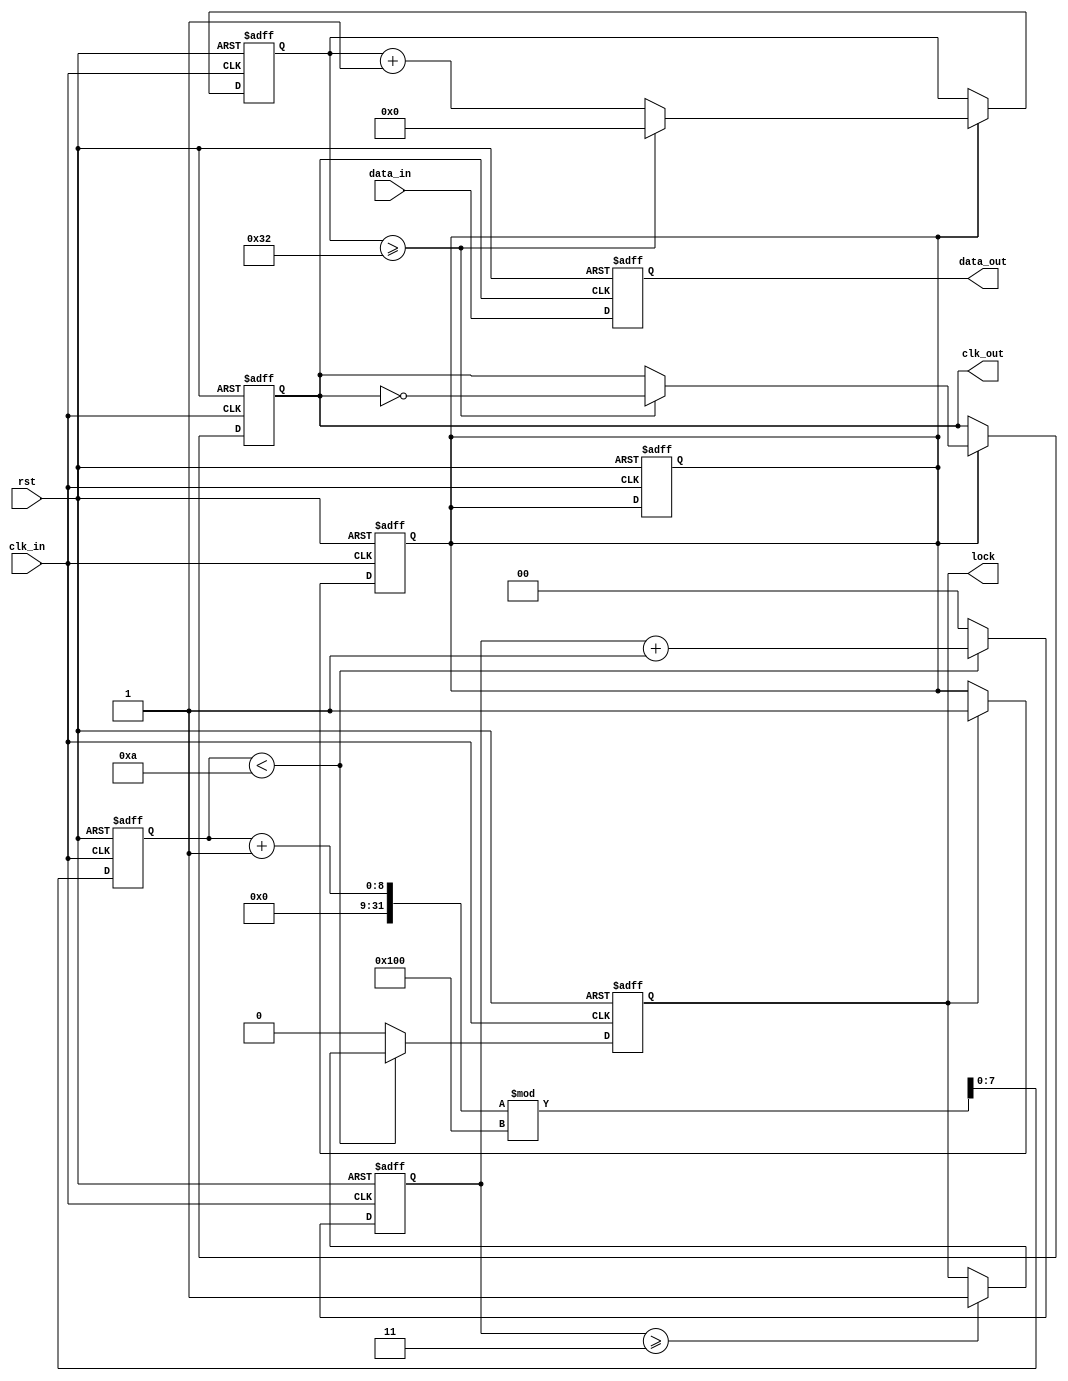
module pll_synchronizer (
    input wire clk_in,          // Incoming clock
    input wire rst,            // Reset signal
    input wire data_in,        // Incoming data signal
    output reg data_out,       // Synchronized output data
    output reg clk_out,        // Output clock
    output reg lock            // Lock status
);

    // Parameters for the PLL
    parameter integer VCO_FREQ = 100; // VCO frequency in MHz
    parameter integer DIV_FACTOR = 2;  // Frequency division factor

    // Internal signals
    reg [7:0] phase_error;            // Phase error signal
    reg [7:0] control_voltage;         // Control voltage for VCO
    reg vco_enable;                    // VCO enable signal
    reg [3:0] vco_counter;             // VCO counter for generating clock
    reg [1:0] lock_counter;            // Lock detection counter

    // Phase Detector
    always @(posedge clk_in or posedge rst) begin
        if (rst) begin
            phase_error <= 0;
        end else begin
            // Example phase error detection logic
            // This is a placeholder for actual phase detection logic
            // In a real design, this would compare the phase of clk_in and clk_out
            phase_error <= (phase_error + 1) % 256; // Simulated phase error
        end
    end

    // Loop Filter
    always @(posedge clk_in or posedge rst) begin
        if (rst) begin
            control_voltage <= 0;
        end else begin
            // Simple integrative filter
            control_voltage <= control_voltage + phase_error;
        end
    end

    // Voltage-Controlled Oscillator (VCO)
    always @(posedge clk_in or posedge rst) begin
        if (rst) begin
            vco_counter <= 0;
            clk_out <= 0;
            vco_enable <= 0;
        end else if (vco_enable) begin
            vco_counter <= vco_counter + 1;
            if (vco_counter >= (VCO_FREQ / DIV_FACTOR)) begin
                clk_out <= ~clk_out;
                vco_counter <= 0;
            end
        end
    end

    // Frequency Divider (simple example)
    always @(posedge clk_out or posedge rst) begin
        if (rst) begin
            data_out <= 0;
        end else begin
            data_out <= data_in; // Sample incoming data on VCO output clock
        end
    end

    // Lock Detection
    always @(posedge clk_in or posedge rst) begin
        if (rst) begin
            lock <= 0;
            lock_counter <= 0;
        end else if (phase_error < 10) begin // Example threshold for lock detection
            lock_counter <= lock_counter + 1;
            if (lock_counter >= 3) begin
                lock <= 1; // Lock achieved
            end
        end else begin
            lock_counter <= 0; // Reset lock counter if not locked
            lock <= 0;
        end
    end

    // Enable VCO when locked
    always @(posedge clk_in or posedge rst) begin
        if (rst) begin
            vco_enable <= 0;
        end else if (lock) begin
            vco_enable <= 1; // Enable VCO when locked
        end
    end

endmodule